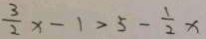
\frac { 3 } { 2 } x - 1 > 5 - \frac { 1 } { 2 } x